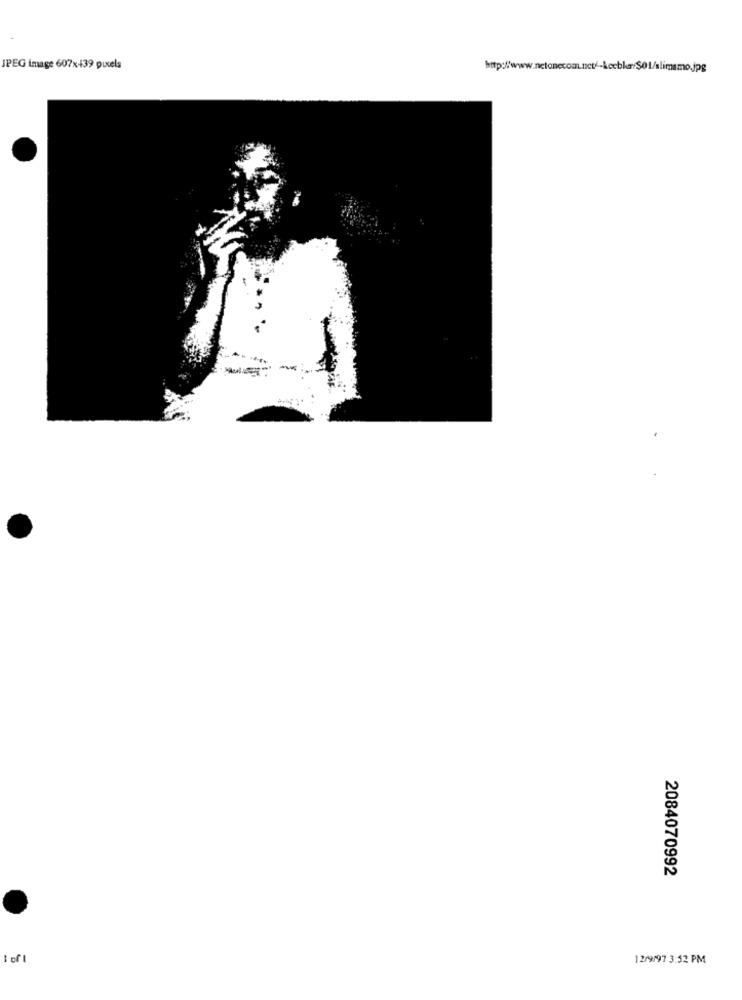
JPEG image 607x439 pixels
2084070992
12/9/97 3:52 PM